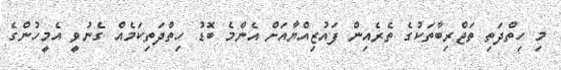
މި ހިތްދަތި ތަޖްރިބާތަކުގެ ތެރެއިން ފައުޒިއްޔާއަށް އެންމެ ބޮޑު ހިތްދަތިކަމެއް ގެނުވީ އެމީހުންގެ